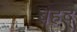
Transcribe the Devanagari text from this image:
बहद्